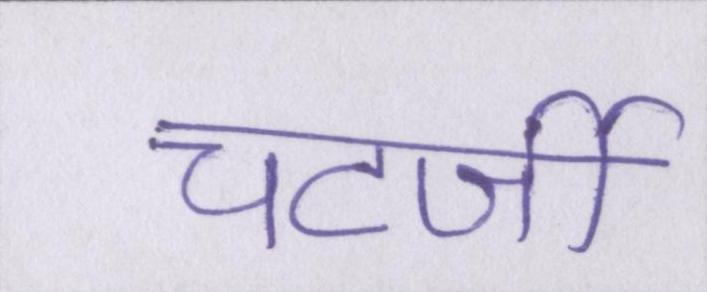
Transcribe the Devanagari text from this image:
चटर्जी